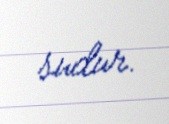
sudur.